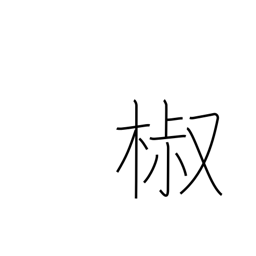
Meaning: Japanese pepper tree